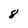
Character: 8